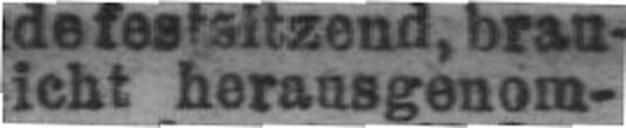
###icht herausgenom¬